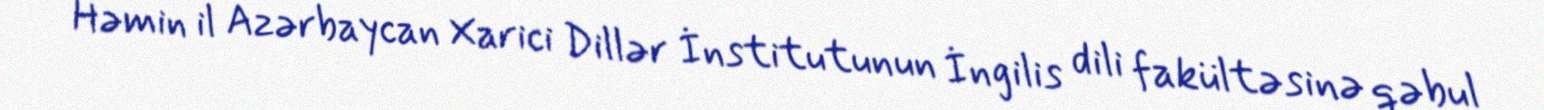
Həmin il Azərbaycan Xarici Dillər İnstitutunun İngilis dili fakültəsinə qəbul